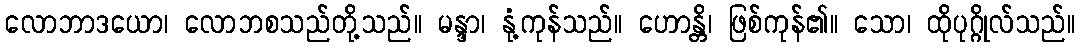
လောဘာဒယော၊ လောဘစသည်တို့သည်။ မန္ဒာ၊ နုံ့ကုန်သည်။ ဟောန္တိ၊ ဖြစ်ကုန်၏။ သော၊ ထိုပုဂ္ဂိုလ်သည်။